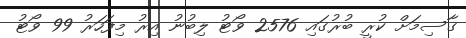
ގާސިމަށް ކުރީ ބުރުގައި 2576 ވޯޓު ލިބުނު އިރު މިފަހަރު 99 ވޯޓު